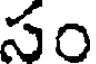
సం